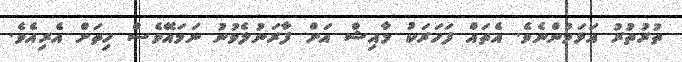
ތުރުތުރު އަޅަމުންނެވެ. އެތައް ފަހަރަކު މާއިޝް އަށް ފާރަނުލެވުނު ނަމައޭވެސް ހިތަށް އެރިއެވެ.